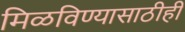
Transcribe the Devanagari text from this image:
मिळविण्यासाठीही